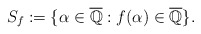
\begin{align*} S_{f}:= \{\alpha\in{\overline{\mathbb{Q}}}: f(\alpha)\in{\overline{\mathbb{Q}}}\}.\end{align*}